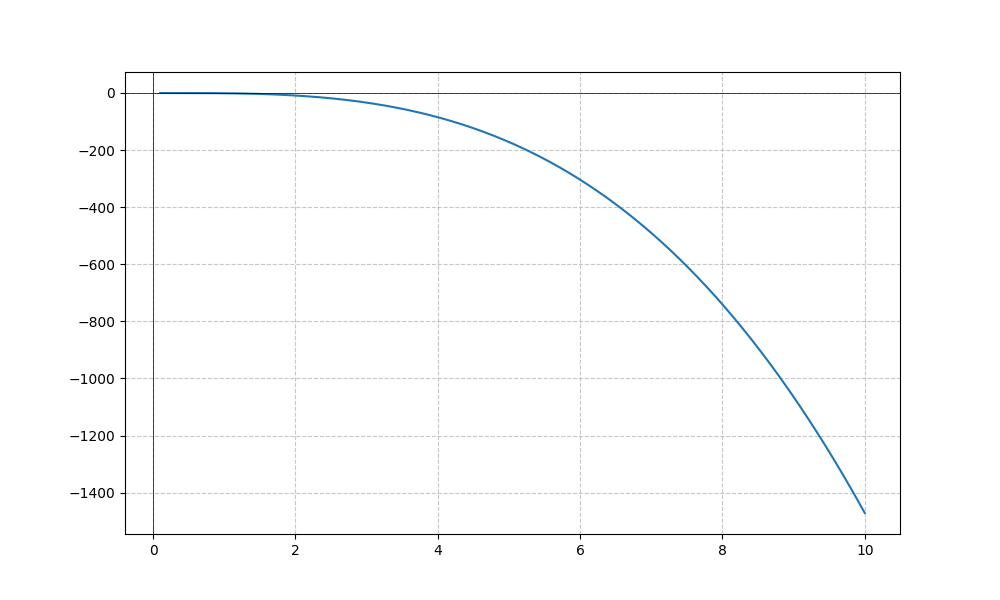
LaTeX formula: - x^{3} \operatorname{atan}{\left(x \right)}